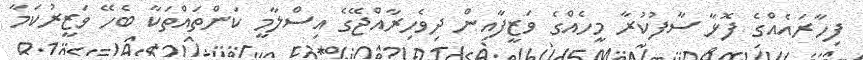
ފިހާރައެއްގެ ފޮޅާ ސާފުކުރާ މީހެއްގެ ވަޒީފާއިން ދިވެހިރާއްޖޭގެ އިސްލާމީ ކަންތައްތަކާ ބެހޭ ވަޒީރުކަމާ